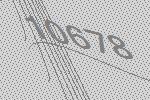
10678